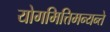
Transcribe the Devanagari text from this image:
योगमित्तिमन्यन्ते